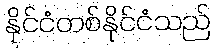
နိုင်ငံတစ်နိုင်ငံသည်